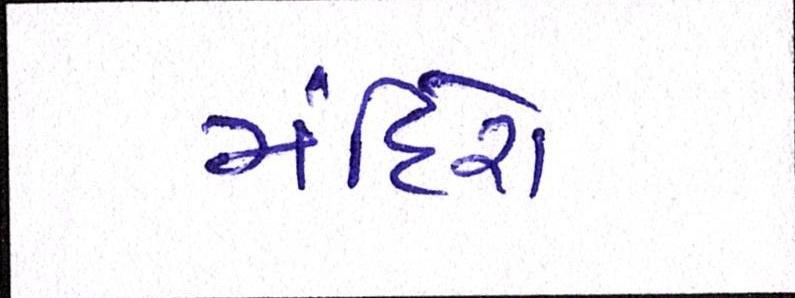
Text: મંદિરો